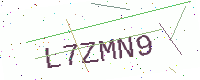
Text: L7ZMN9